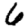
Digit: 6